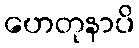
ဟေတုနာပိ